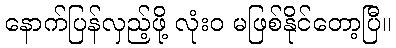
နောက်ပြန်လှည့်ဖို့ လုံးဝ မဖြစ်နိုင်တော့ပြီ။